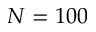
N = 1 0 0